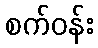
စက်ဝန်း